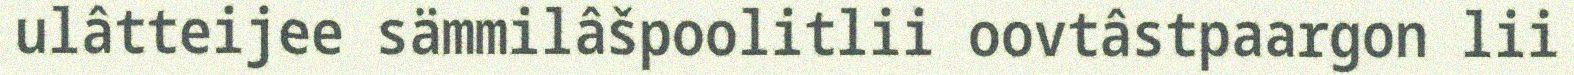
ulâtteijee sämmilâšpoolitlii oovtâstpaargon lii